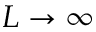
L \to \infty